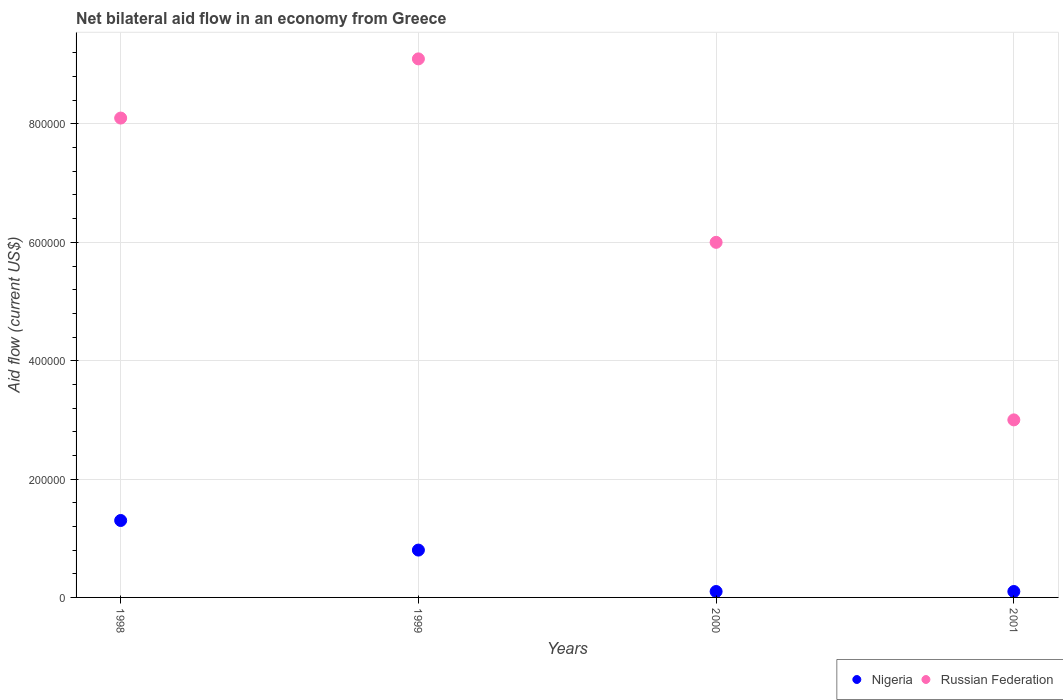
| Years | Nigeria | Russian Federation |
 | --- | --- | --- |
 | 1998 | 1.3e+05 | 8.1e+05 |
 | 1999 | 8e+04 | 9.1e+05 |
 | 2000 | 1e+04 | 6e+05 |
 | 2001 | 1e+04 | 3e+05 |